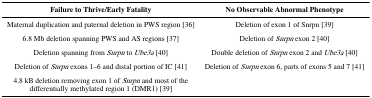
| Failure to Thrive/Early Fatality | No Observable Abnormal Phenotype |
 | --- | --- |
 | Maternal duplication and paternal deletion in PWS region [36] | Deletion of exon 1 of Snrpn [39] |
 | 6.8 Mb deletion spanning PWS and AS regions [37] | Deletion of Snrpn exon 2 [40] |
 | Deletion spanning from Snrpn to Ube3a [40] | Double deletion of Snrpn exon 2 and Ube3a [40] |
 | Deletion of Snrpn exons 1–6 and distal portion of IC [41] | Deletion of Snrpn exon 6, parts of exons 5 and 7 [41] |
 | 4.8 kB deletion removing exon 1 of Snrpn and most of thedifferentially methylated region 1 (DMR1) [39] |  |